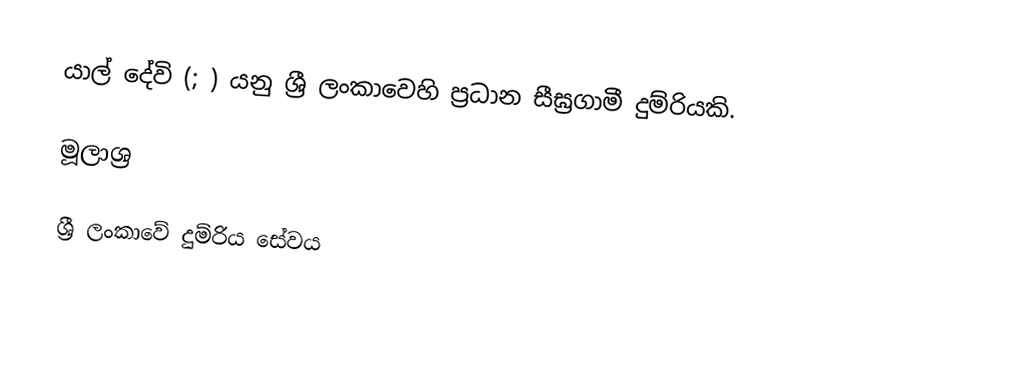
යාල් දේවි (; ) යනු ශ්‍රී ලංකාවෙහි ප්‍රධාන  සීඝ්‍රගාමී දුම්රියකි.

මූලාශ්‍ර

ශ්‍රී ලංකාවේ දුම්රිය සේවය